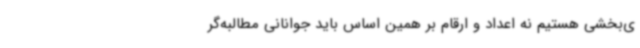
ی‌بخشی هستیم نه اعداد و ارقام بر همین اساس باید جوانانی مطالبه‌گر